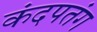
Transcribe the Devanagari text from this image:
कंदपतंग